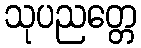
သုပညတ္တေ